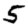
Digit: 5